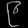
Digit: ၉